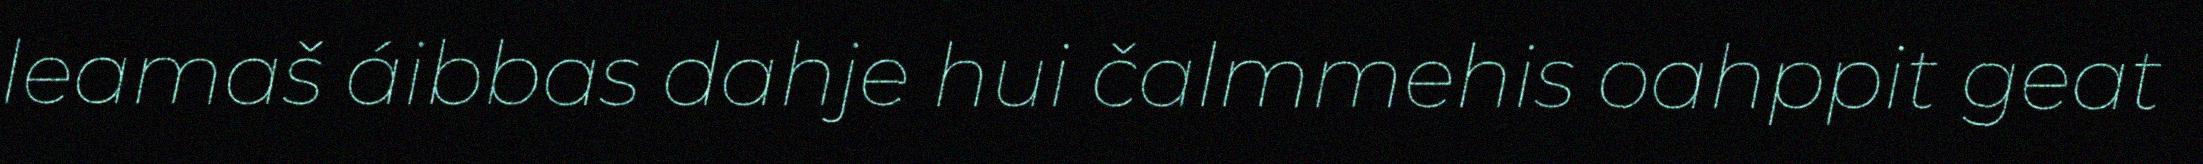
leamaš áibbas dahje hui čalmmehis oahppit geat